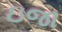
ઇજા